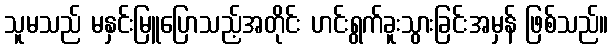
သူမသည် မနှင်းမြူပြောသည့်အတိုင်း ဟင်းရွက်ခူးသွားခြင်းအမှန် ဖြစ်သည်။